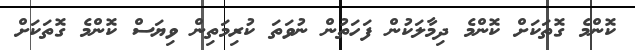
ކޮންމެ ގޮތަކަށް ކޮންމެ ދިމާލަކުން ފަހަތުން ނުވަތަ ކުރިމަތިން ވިޔަސް ކޮންމެ ގޮތަކަށް